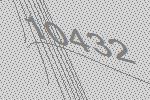
10432